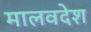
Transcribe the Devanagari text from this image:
मालवदेश